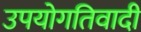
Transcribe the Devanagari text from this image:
उपयोगतिवादी